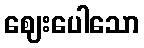
ဈေးပေါသော